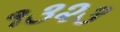
૧૩૨૩